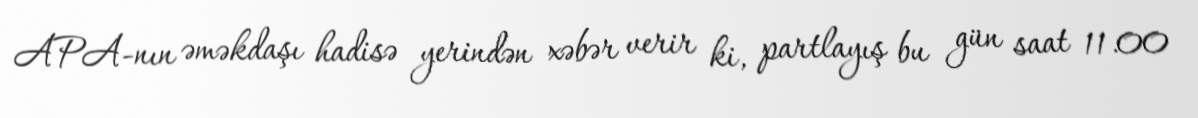
APA-nın əməkdaşı hadisə yerindən xəbər verir ki, partlayış bu gün saat 11.00